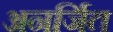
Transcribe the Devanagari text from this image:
अनर्जित